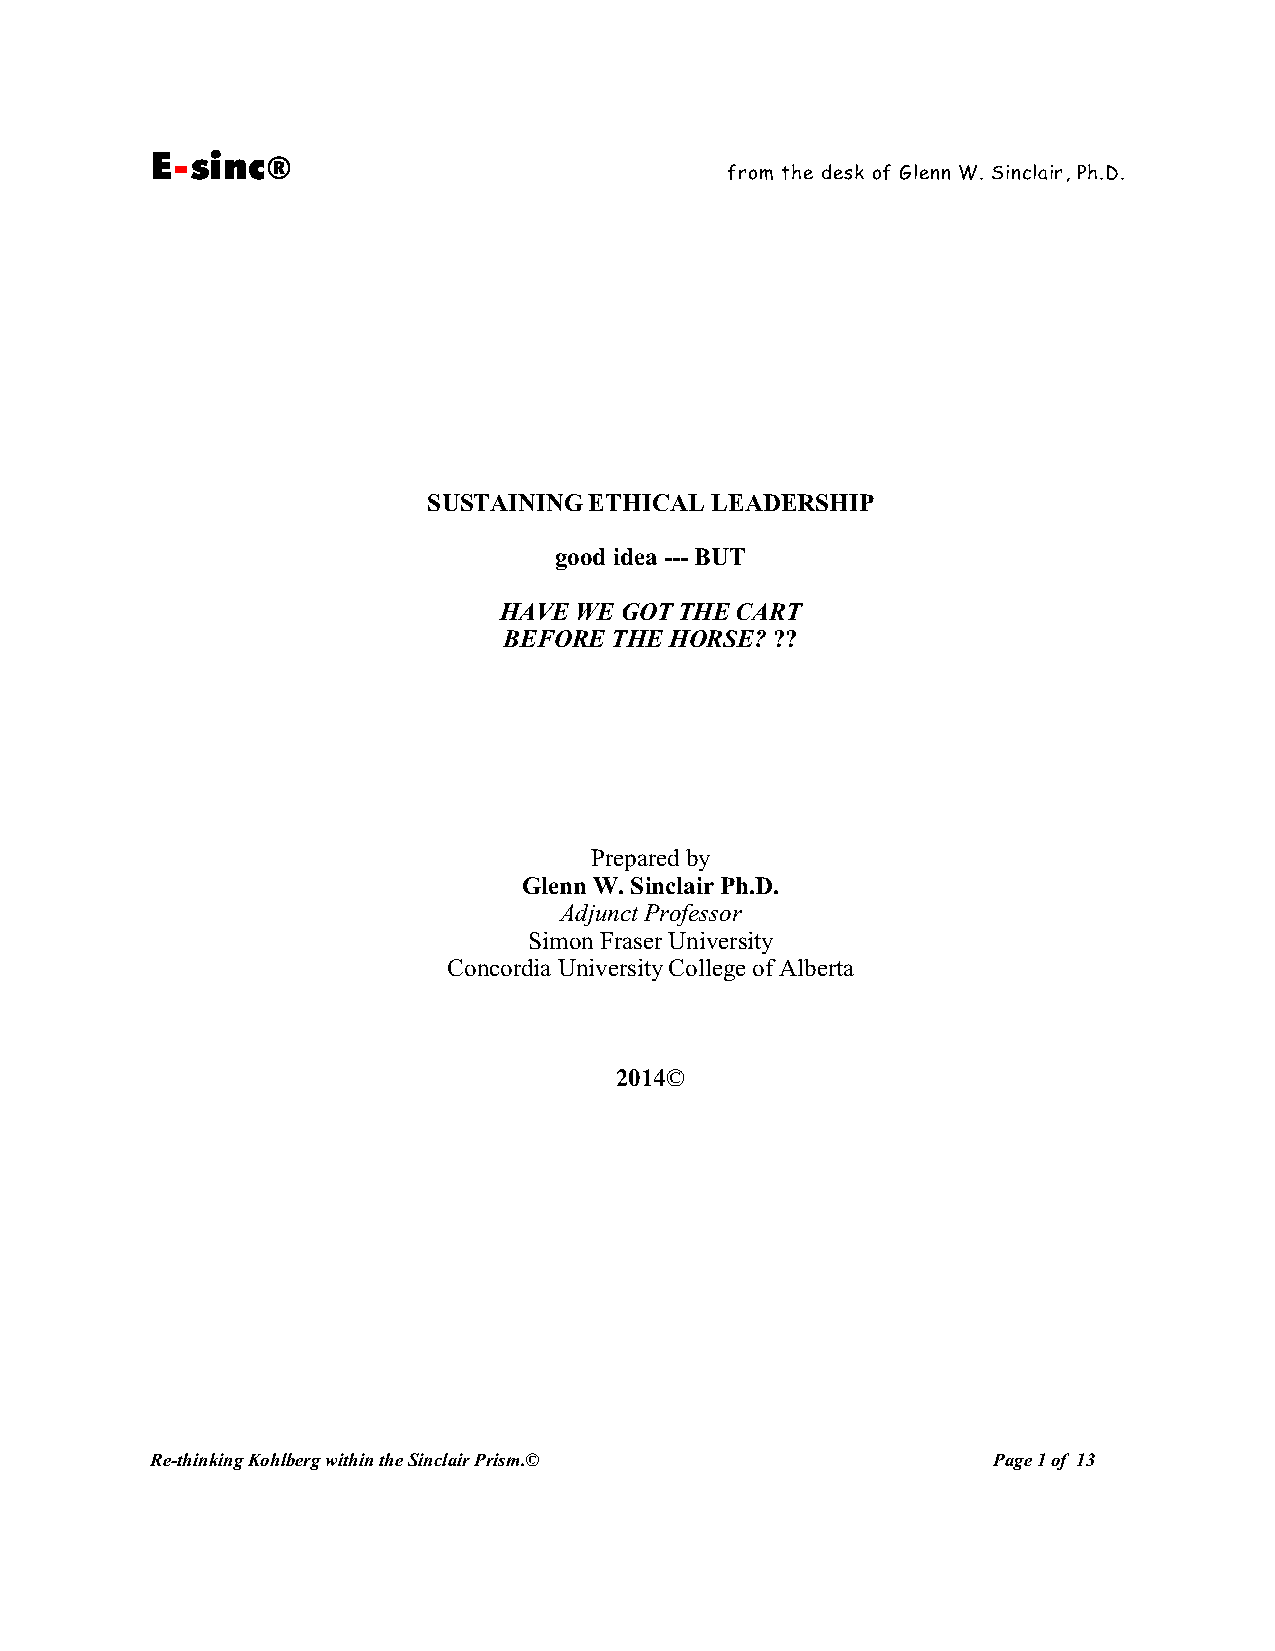
E-sinc®
 from the desk of Glenn W. Sinclair, Ph.D.
 SUSTAINING ETHICAL LEADERSHIP
 good idea --- BUT
 HAVE WE GOT THE CART
 BEFORE THE HORSE? ??
 Prepared by
 Glenn W. Sinclair Ph.D.
 Adjunct Professor
 Simon Fraser University
 Concordia University College of Alberta
 2014©
 Re-thinking Kohlberg within the Sinclair Prism.©        Page 1 of 13